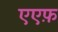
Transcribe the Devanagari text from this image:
एएफ़